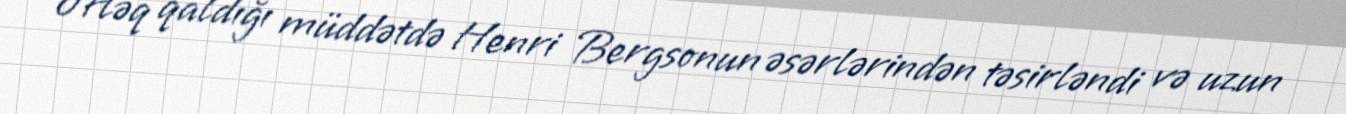
Əfləq qaldığı müddətdə Henri Bergsonun əsərlərindən təsirləndi və uzun